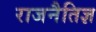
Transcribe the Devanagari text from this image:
राजनैतिज्ञ